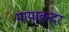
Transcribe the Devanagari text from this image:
मायाबन्दर